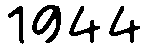
1944